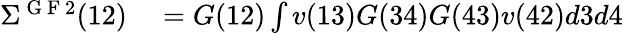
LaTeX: \begin{array}{rl}{\Sigma^{\mathrm{~G~F~}2}(12)}&{{}=G(12)\int v(13)G(34)G(43)v(42)d3d4}\end{array}